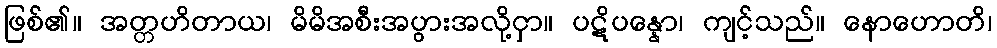
ဖြစ်၏။ အတ္တဟိတာယ၊ မိမိအစီးအပွားအလို့ငှာ။ ပဋိပန္နော၊ ကျင့်သည်။ နောဟောတိ၊